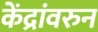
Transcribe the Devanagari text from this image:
केंद्रांवरुन